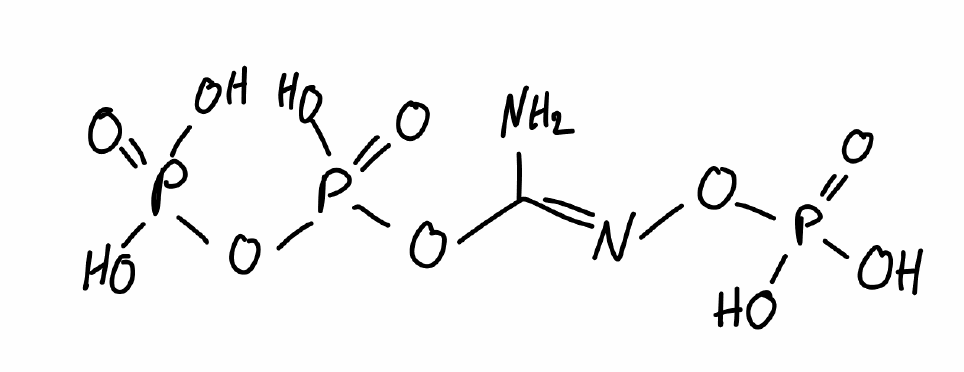
Simplified molecular-input line-entry system (SMILES) notation of the given molecule:
C(=N\OP(=O)(O)O)(\N)/OP(=O)(O)OP(=O)(O)O